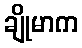
ချိုမာက